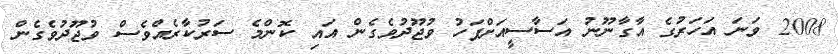
2008 ވަނަ އަހަރުގެ އާގާނޫނު އަސާސީއަށްފަހު ވުޖޫދުވެގެން އައި ކޮންމެ ސަރުކާރެއްވެސް ވުޖޫދުވެގެން